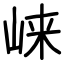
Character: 崃